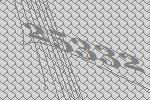
25332